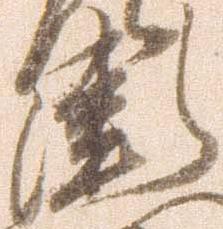
衛